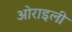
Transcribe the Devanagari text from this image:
ओराइली